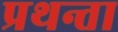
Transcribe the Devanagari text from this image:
प्रथन्ता